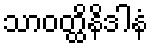
သာဝတ္ထိနိဒါနံ